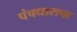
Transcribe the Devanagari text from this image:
पंचधाराचा